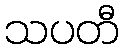
သပတီ